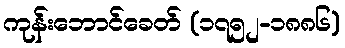
ကုန်းဘောင်ခေတ် (၁၇၅၂-၁၈၈၆)